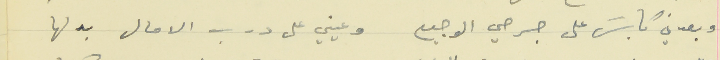
وبعدني كابسَ على جرحي الوجيع                    وعيني على درب الامال بدلها